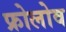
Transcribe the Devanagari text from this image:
फ्रोलोव